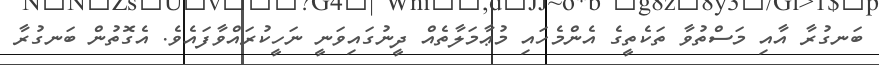
ބަނގުރާ އާއި މަސްތުވާ ތަކެތީގެ އެންމެހައި މުޢާމަލާތެއް ދީނުގައިވަނީ ނަހީކުރައްވާފައެވެ. އެގޮތުން ބަނގުރާ